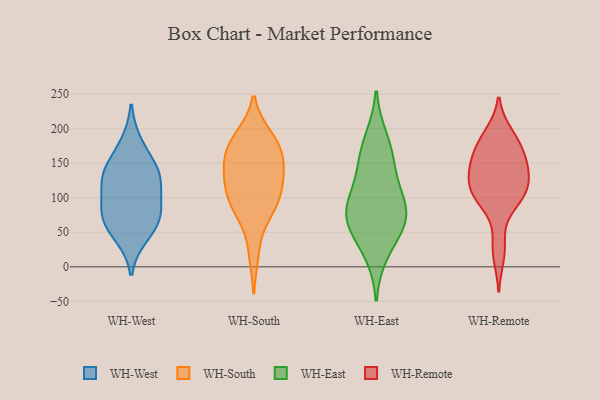
{"axis": {"x": "Revenue (USD Million)", "y": "Value"}, "legend": ["WH-East", "WH-Remote", "WH-South", "WH-West"], "data": [{"x": "", "y": 121, "type": "WH-West"}, {"x": "", "y": 45, "type": "WH-West"}, {"x": "", "y": 138, "type": "WH-West"}, {"x": "", "y": 79, "type": "WH-West"}, {"x": "", "y": 128, "type": "WH-West"}, {"x": "", "y": 178, "type": "WH-West"}, {"x": "", "y": 141, "type": "WH-West"}, {"x": "", "y": 60, "type": "WH-West"}, {"x": "", "y": 90, "type": "WH-West"}, {"x": "", "y": 73, "type": "WH-West"}, {"x": "", "y": 20, "type": "WH-South"}, {"x": "", "y": 117, "type": "WH-South"}, {"x": "", "y": 81, "type": "WH-South"}, {"x": "", "y": 188, "type": "WH-South"}, {"x": "", "y": 138, "type": "WH-South"}, {"x": "", "y": 184, "type": "WH-South"}, {"x": "", "y": 143, "type": "WH-South"}, {"x": "", "y": 170, "type": "WH-South"}, {"x": "", "y": 78, "type": "WH-South"}, {"x": "", "y": 158, "type": "WH-South"}, {"x": "", "y": 180, "type": "WH-South"}, {"x": "", "y": 106, "type": "WH-South"}, {"x": "", "y": 110, "type": "WH-South"}, {"x": "", "y": 91, "type": "WH-South"}, {"x": "", "y": 144, "type": "WH-South"}, {"x": "", "y": 185, "type": "WH-East"}, {"x": "", "y": 60, "type": "WH-East"}, {"x": "", "y": 60, "type": "WH-East"}, {"x": "", "y": 98, "type": "WH-East"}, {"x": "", "y": 104, "type": "WH-East"}, {"x": "", "y": 144, "type": "WH-East"}, {"x": "", "y": 74, "type": "WH-East"}, {"x": "", "y": 74, "type": "WH-East"}, {"x": "", "y": 20, "type": "WH-East"}, {"x": "", "y": 160, "type": "WH-East"}, {"x": "", "y": 167, "type": "WH-Remote"}, {"x": "", "y": 16, "type": "WH-Remote"}, {"x": "", "y": 101, "type": "WH-Remote"}, {"x": "", "y": 182, "type": "WH-Remote"}, {"x": "", "y": 95, "type": "WH-Remote"}, {"x": "", "y": 126, "type": "WH-Remote"}, {"x": "", "y": 190, "type": "WH-Remote"}, {"x": "", "y": 138, "type": "WH-Remote"}, {"x": "", "y": 106, "type": "WH-Remote"}, {"x": "", "y": 128, "type": "WH-Remote"}, {"x": "", "y": 193, "type": "WH-Remote"}, {"x": "", "y": 140, "type": "WH-Remote"}, {"x": "", "y": 155, "type": "WH-Remote"}, {"x": "", "y": 118, "type": "WH-Remote"}, {"x": "", "y": 95, "type": "WH-Remote"}, {"x": "", "y": 107, "type": "WH-Remote"}, {"x": "", "y": 155, "type": "WH-Remote"}, {"x": "", "y": 164, "type": "WH-Remote"}, {"x": "", "y": 34, "type": "WH-Remote"}]}